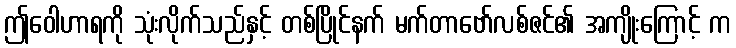
ဤဝေါဟာရကို သုံးလိုက်သည်နှင့် တစ်ပြိုင်နက် မက်တာဗော်လစ်ဇင်၏ အကျိုးကြောင့် က